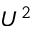
U ^ { 2 }